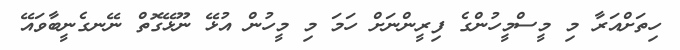
ހިތަށްއަރާ މި މީސްމީހުންގެ ފިރީންނަށް ހަމަ މި މީހުން އުޅޭ ނޫޅޭގޮތް ނޭނގެނީބާވައޭ